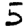
Digit: 5